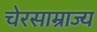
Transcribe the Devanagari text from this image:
चेरसाम्राज्य